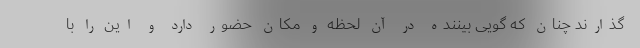
گذارند چنان که گویی بیننده در آن لحظه و مکان حضور دارد و این را با